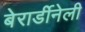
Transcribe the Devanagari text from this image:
बेरार्डीनेली